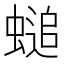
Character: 𧏴